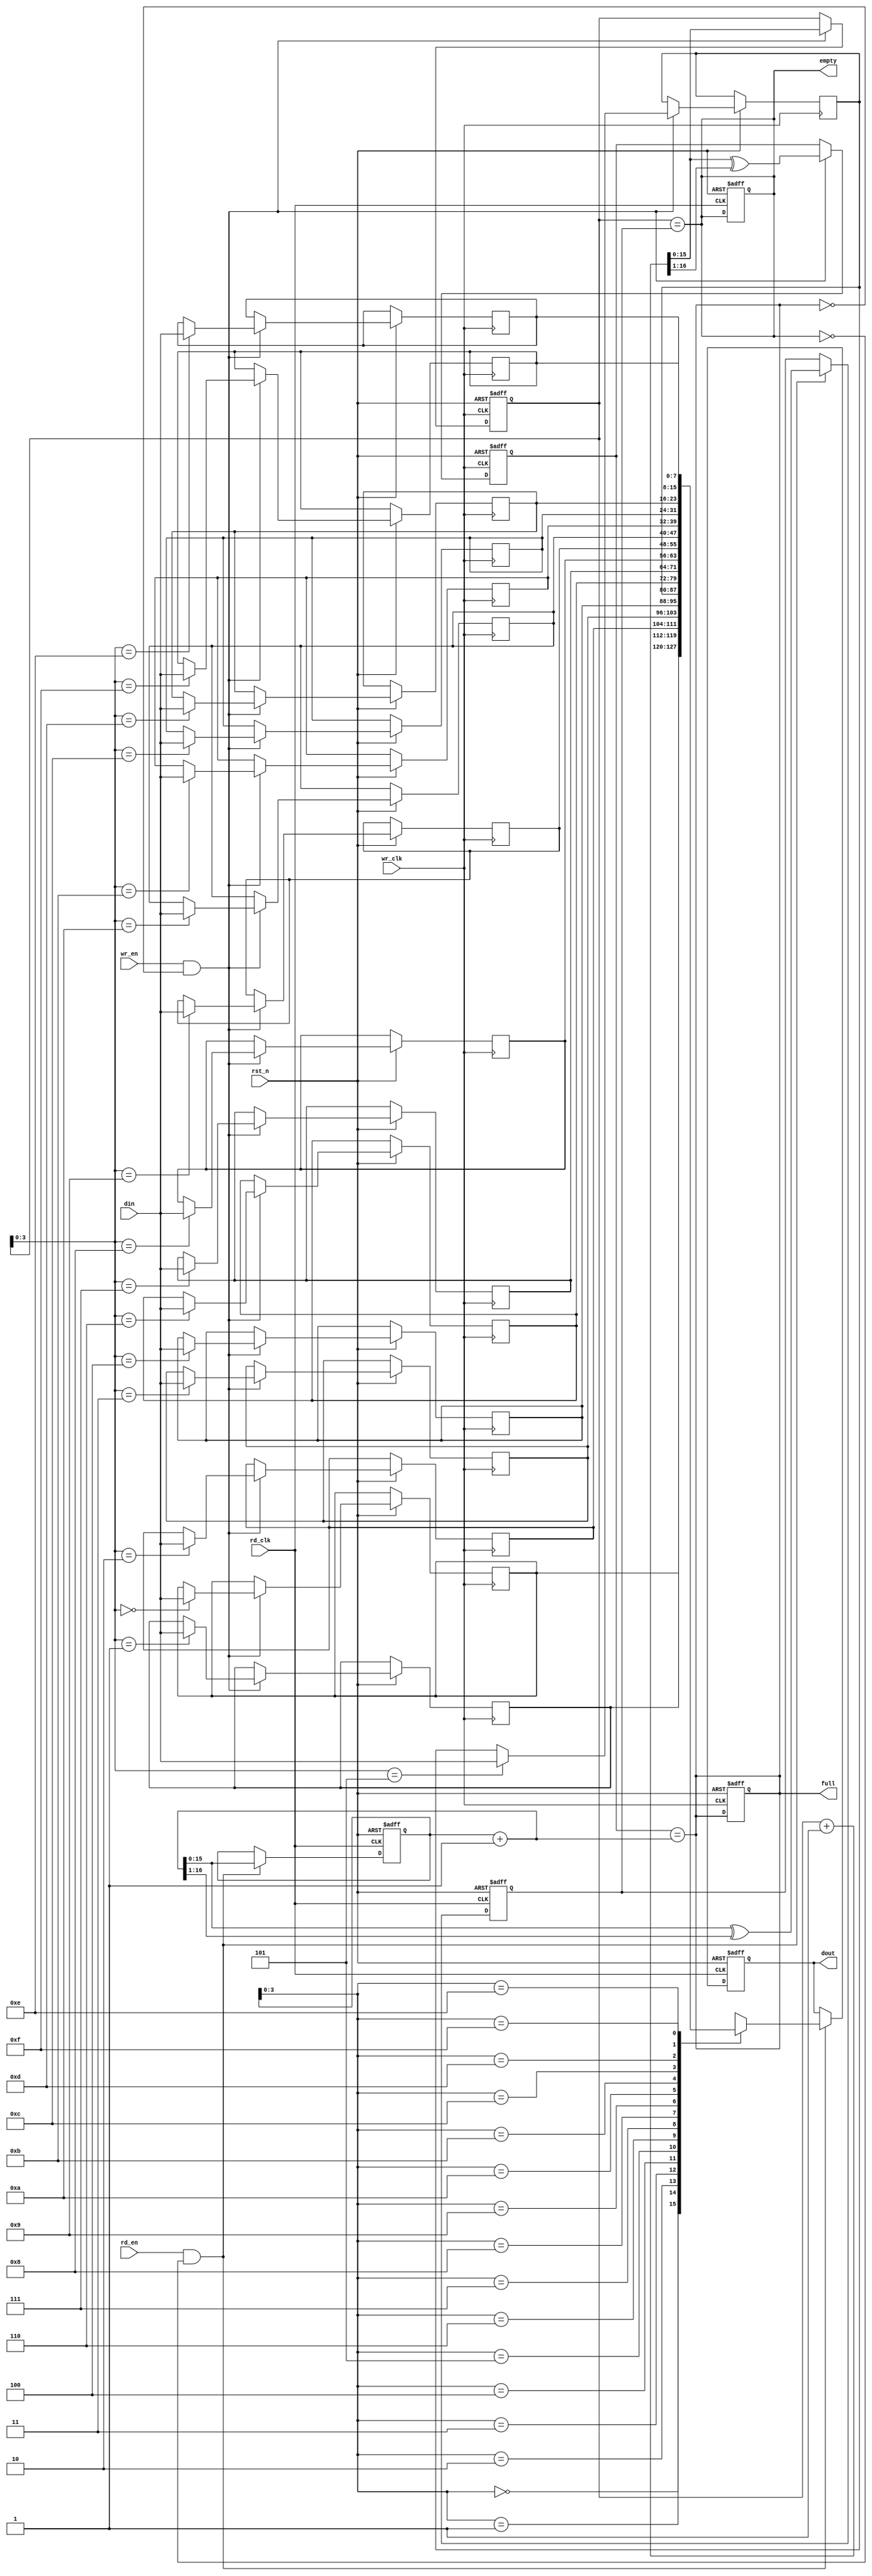
module async_fifo #(
    parameter DATA_WIDTH = 8,    // Width of the data
    parameter FIFO_DEPTH = 16     // Depth of the FIFO (must be a power of 2)
) (
    input wire wr_clk,            // Write clock
    input wire rd_clk,            // Read clock
    input wire rst_n,             // Active low reset
    input wire wr_en,             // Write enable
    input wire rd_en,             // Read enable
    input wire [DATA_WIDTH-1:0] din, // Data input
    output reg [DATA_WIDTH-1:0] dout, // Data output
    output reg full,              // FIFO full flag
    output reg empty              // FIFO empty flag
);

    // Memory array
    reg [DATA_WIDTH-1:0] fifo_mem [0:FIFO_DEPTH-1];

    // Pointers
    reg [FIFO_DEPTH-1:0] wr_ptr_gray;
    reg [FIFO_DEPTH-1:0] rd_ptr_gray;
    reg [FIFO_DEPTH-1:0] wr_ptr_bin;
    reg [FIFO_DEPTH-1:0] rd_ptr_bin;

    // Synchronization registers for read pointer
    reg [FIFO_DEPTH-1:0] rd_ptr_sync;
    reg rd_ptr_sync_valid;

    // Write pointer logic
    always @(posedge wr_clk or negedge rst_n) begin
        if (!rst_n) begin
            wr_ptr_bin <= 0;
            wr_ptr_gray <= 0;
            full <= 0;
        end else if (wr_en && !full) begin
            fifo_mem[wr_ptr_bin] <= din; // Write data
            wr_ptr_bin <= wr_ptr_bin + 1;
            wr_ptr_gray <= (wr_ptr_bin + 1) ^ (wr_ptr_bin + 1 >> 1); // Update Gray code
        end
    end

    // Read pointer logic
    always @(posedge rd_clk or negedge rst_n) begin
        if (!rst_n) begin
            rd_ptr_bin <= 0;
            rd_ptr_gray <= 0;
            empty <= 1;
            dout <= 0;
        end else if (rd_en && !empty) begin
            dout <= fifo_mem[rd_ptr_bin]; // Read data
            rd_ptr_bin <= rd_ptr_bin + 1;
            rd_ptr_gray <= (rd_ptr_bin + 1) ^ (rd_ptr_bin + 1 >> 1); // Update Gray code
        end
    end

    // Full and empty flag logic
    always @* begin
        full = (wr_ptr_gray == (rd_ptr_bin + 1)); // Full condition
        empty = (wr_ptr_bin == rd_ptr_gray);      // Empty condition
    end

    // Synchronizing the read pointer to the write clock domain
    always @(posedge wr_clk or negedge rst_n) begin
        if (!rst_n) begin
            rd_ptr_sync <= 0;
            rd_ptr_sync_valid <= 0;
        end else begin
            rd_ptr_sync <= rd_ptr_gray; // Synchronize the read pointer
            rd_ptr_sync_valid <= 1;
        end
    end

endmodule